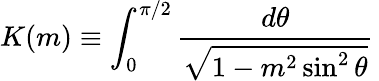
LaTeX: K(m)\equiv\int_{0}^{\pi/2}\frac{d\theta}{\sqrt{1-m^{2}\sin^{2}{\theta}}}\,